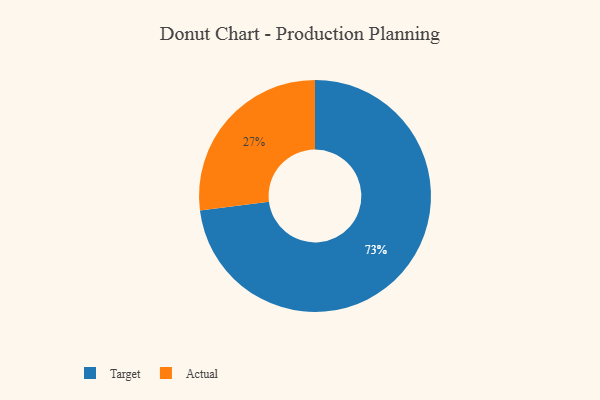
{"axis": {"x": "Category", "y": "Percentage"}, "legend": ["Actual", "Target"], "data": [{"x": "Actual", "y": 27, "type": "Actual"}, {"x": "Target", "y": 73, "type": "Target"}]}